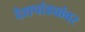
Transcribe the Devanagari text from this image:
देशपांड्यांवर